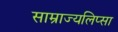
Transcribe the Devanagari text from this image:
साम्राज्यलिप्सा